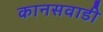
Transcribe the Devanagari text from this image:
कानसवाडी